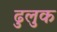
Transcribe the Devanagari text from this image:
ढुलुक